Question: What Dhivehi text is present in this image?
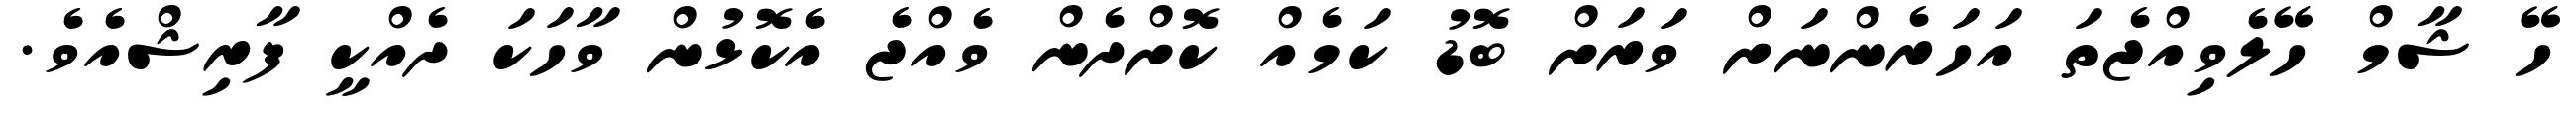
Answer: ހޭ ޝާމް ހޭލެވިއްޖެތަ އަހަރެންނަށް ވަރަށް ބޮޑު ކަމެއް ކޮށްދެން ވެއްޖެ އެކޮޅުން ވާހަކަ ދެއްކީ ފާރިޝްއެވެ.